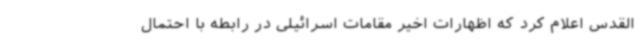
القدس اعلام کرد که اظهارات اخیر مقامات اسرائیلی در رابطه با احتمال